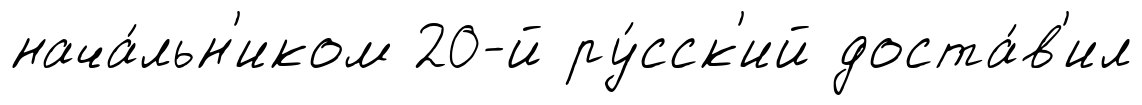
нача́льн'иком 20-й ру́сск'ий доста́в'ил